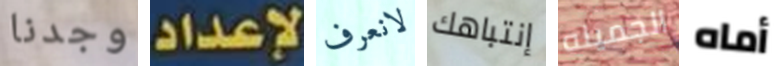
وجدنا لإعداد لانعرف إنتباهك الجميله أماه